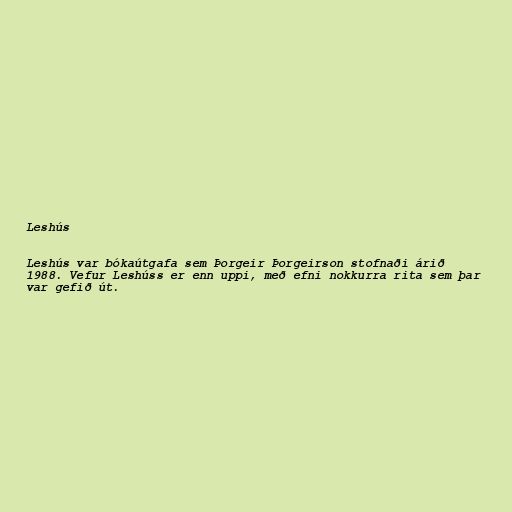
Leshús

Leshús var bókaútgafa sem Þorgeir Þorgeirson stofnaði árið
1988. Vefur Leshúss er enn uppi, með efni nokkurra rita sem þar
var gefið út.